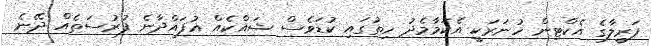
ފަރީލާގެ އެކްޓިން ހުނަރަކީ އެކަމާމެދު ހިތުގައި ކުޑަވެސް ޝައްކެއް އުފައްދާނެ ފުރުސަތެއް ދޭނެ